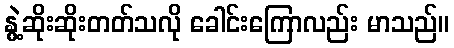
နွဲ့ဆိုးဆိုးတတ်သလို ခေါင်းကြောလည်း မာသည်။